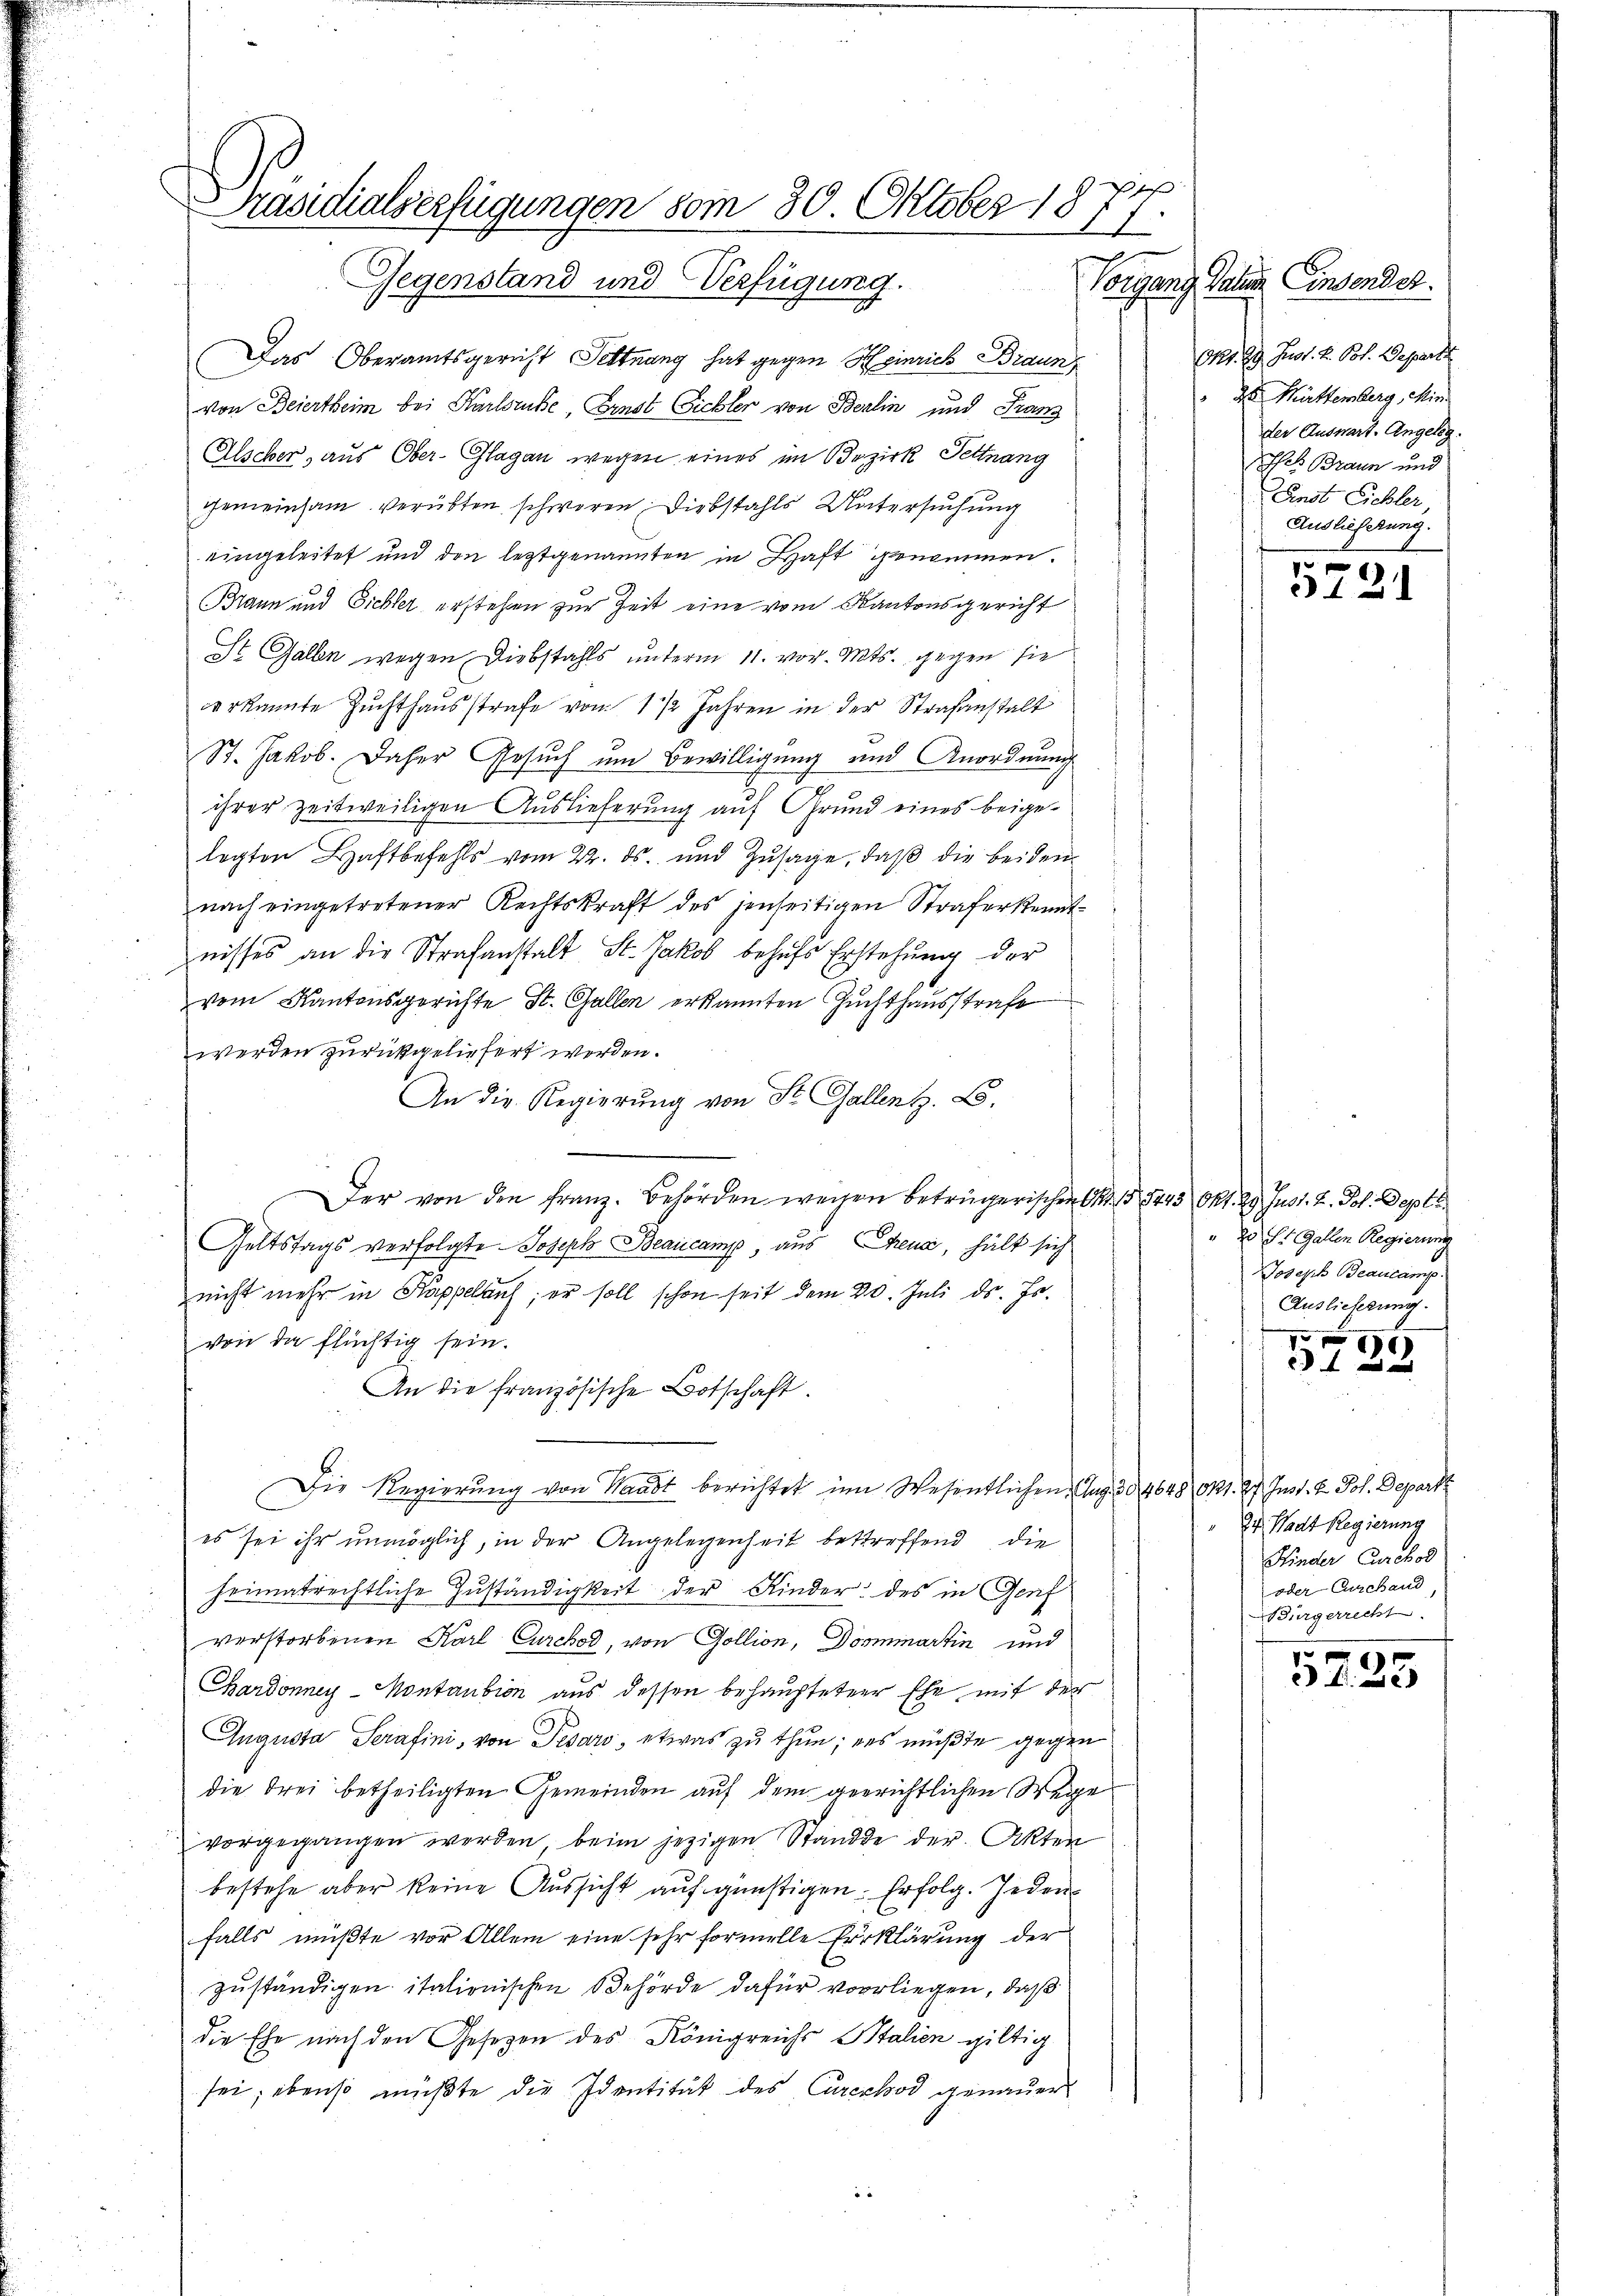
d
Präsidialserfügungen vom 30. Oktober 187
E
Gegenstand und Verfügung.

Das Oberamtsgericht Settnung hat gegen Heinrich Braun
von Beiertheim bei Karlsruhe, Ernst Eichler von Berlin und Franz
Alscher, aus Ober-Glagan wegen eines im Bezirk Pettnang
gemeinsam verübten schweren, Diebstahls Untersuchung
eingeleitet und den leztgenannten in Haft genommen.
Bann und Sichter erstehen zur Zeit eine vom Kantonsgericht
St. Gallen wegen Diebstahls unterm 11. vor. Mts. gegen sie
verkannte Zuchthausstrafe vom 1 1/2 Jahren in der Strafanstalt
St. Jakob. Daher Gesuch um Bewilligung und Anordnung
ihrer zeitweiligen Auslieferung auf Grund eines beigelegten Haftbefehls vom 22. ds. und Zusage, daß die beiden
nach eingetretener Rechtskraft des jenseitigen Straferkenntnisses an die Strafanstalt St. Jakob behufs Erstehung der
vom Kantonsgerichte St. Gallen erkannten Zuchthausstrafe
werden zurückgeliefert werden.
An die Regierung von St. Gallen z. B.
Der von den Franz. Behörden wegen betrügerischen S. 15443 Okt. 29. Just. 2. Joh. Sept.
Geltstags verfolgte Joseph Beaucamp, aus Chena, hält sich
nicht mehr in Kappelauf; er soll schon seit dem 20. Juli d. Js.
von da flüchtig sein.
An die französische Botschaft.
Die Regierung von Waadt berichtet im Wesentlichen Aug. 12, 4648 Okt. 27. Inst. v. Joh. Depart
es sei ihr unmöglich, in der Angelegenheit bestreffend die
heimatrechtliche Zuständigkeit der Kinder des in Genf
verstorbenen Karl Curchod, von Gollion, Dominartin und
Bardonney-Montantion aus dessen behaupteten Ehe mit der
Augusta Serafini, von Pesaro, etwas zu thun; des müßte gegen
die Frei betheiligten Gemeinden auf dem geerichtlichen Wege
vorgegangen werden beim jezigen Stande der Akten
bestehe aber keine Aussicht auf günstigen. Erfolg. Jeden
falls müßte vor Allem eine sehr formelle Erklärung der
zuständigen italionischen Behörde dafür vorliegen, daß
die Ehe nach den Gesezen des Königreichs Stalien giltig
sei; ebenso müßte die Identität des Curcchod genauer

Vorgang Datum Einsendet.
Chr. 29. Just. L. Pot. Departe
d Müttemberg, Min.
der Auswart. Angeleg
es Braun und
Fenst Eichler,
Auslieferung.

5721

" E St. Gallen Regierung
Joseph Beaucamp
Auslieferung.

x
 f 0

de Maut Regierung
Hinder Curskos
oder Curchand
Bürgerrecht.

5725